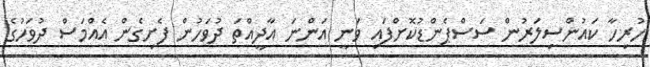
ހުރިހާ ކައުންސިލަރުން ސަސްޕެންޑުކޮށްފައި ވަނީ އަންނަ އާދީއްތަ ދުވަހުން ފެށިގެން އެއްމަސް ދުވަހުގެ